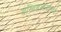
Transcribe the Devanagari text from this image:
बॉम्बहल्ल्यामध्ये